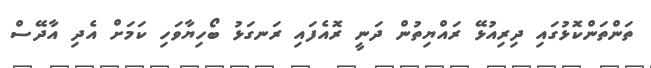
ތަންތަންކޮޅުގައި ދިރިއުޅޭ ރައްޔިތުން ދަނީ ރޮއެފައި ރަނގަޅު ބޯހިޔާވަހި ކަމަށް އެދި އާދޭސް